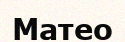
Матео